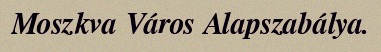
Moszkva Város Alapszabálya.